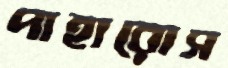
পাহারোস